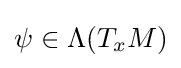
\psi \in \Lambda (T_{x}M)